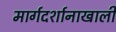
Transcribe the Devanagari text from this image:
मार्गदर्शानाखाली